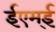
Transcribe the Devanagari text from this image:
ईएम्‌ई